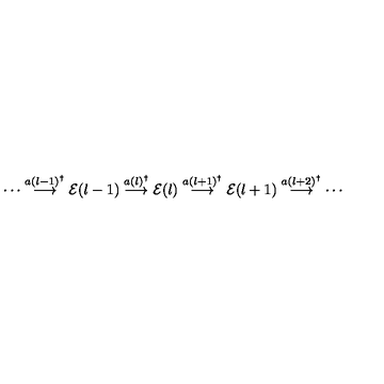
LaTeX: \cdots \stackrel { a ( l - 1 ) ^ { \dagger } } { \longrightarrow } { \cal E } ( l - 1 ) \stackrel { a ( l ) ^ { \dagger } } { \longrightarrow } { \cal E } ( l ) \stackrel { a ( l + 1 ) ^ { \dagger } } { \longrightarrow } { \cal E } ( l + 1 ) \stackrel { a ( l + 2 ) ^ { \dagger } } { \longrightarrow } \cdots